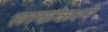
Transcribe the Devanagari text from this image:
साफकरने